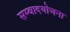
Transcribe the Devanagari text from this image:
सम्वादयोजना